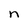
Character: n